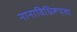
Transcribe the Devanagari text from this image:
नानाविधिरूपता